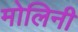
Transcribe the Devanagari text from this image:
मोलिनी